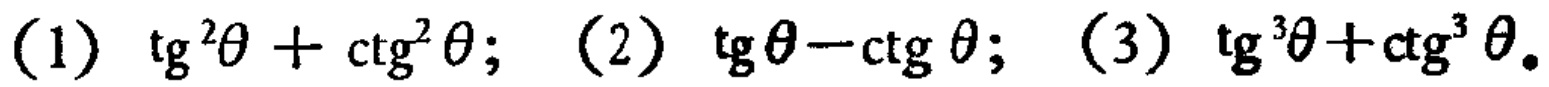
(1) \(\tg^{2}\theta+\ctg^{2}\theta\); (2) \(\tg\theta - \ctg\theta\); (3) \(\tg^{3}\theta+\ctg^{3}\theta\)